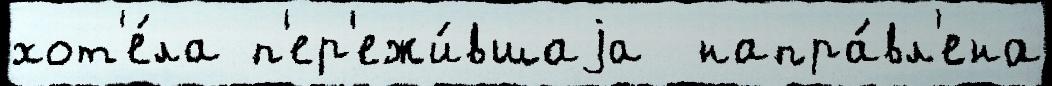
хот'е́ла п'ер'ежи́вшаjа  напра́вл'ена